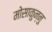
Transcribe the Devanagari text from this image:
मोसाकुन्नु